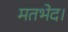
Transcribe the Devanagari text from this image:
मतभेद।